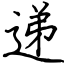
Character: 递